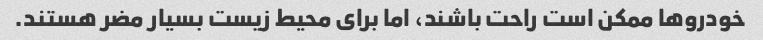
خودروها ممکن است راحت باشند، اما برای محیط زیست بسیار مضر هستند.